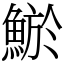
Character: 鯲